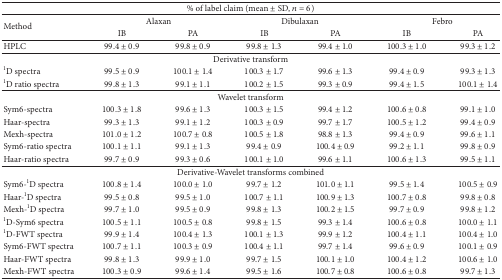
<table><thead><tr><td colspan="7"><b>% of label claim (mean ± SD, <i>n</i> = 6)</b></td></tr></thead><tbody><tr><td rowspan="2">Method</td><td colspan="2">Alaxan</td><td colspan="2">Dibulaxan</td><td colspan="2">Febro</td></tr><tr><td>IB</td><td>PA</td><td>IB</td><td>PA</td><td>IB</td><td>PA</td></tr><tr><td>HPLC</td><td>99.4 ± 0.9</td><td>99.8 ± 0.9</td><td>99.8 ± 1.3</td><td>99.4 ± 1.0</td><td>100.3 ± 1.0</td><td>99.3 ± 1.2</td></tr><tr><td colspan="7">Derivative transform</td></tr><tr><td><sup>1</sup>D spectra</td><td>99.5 ± 0.9</td><td>100.1 ± 1.4</td><td>100.3 ± 1.7</td><td>99.6 ± 1.3</td><td>99.4 ± 0.9</td><td>99.3 ± 1.3</td></tr><tr><td><sup>1</sup>D ratio spectra</td><td>99.8 ± 1.3</td><td>99.1 ± 1.1</td><td>100.2 ± 1.5</td><td>99.3 ± 0.9</td><td>99.4 ± 1.5</td><td>100.1 ± 1.4</td></tr><tr><td colspan="7">Wavelet transform</td></tr><tr><td>Sym6-spectra</td><td>100.3 ± 1.8</td><td>99.6 ± 1.3</td><td>100.3 ± 1.5</td><td>99.4 ± 1.2</td><td>100.6 ± 0.8</td><td>99.1 ± 1.0</td></tr><tr><td>Haar-spectra</td><td>99.3 ± 1.3</td><td>99.1 ± 1.2</td><td>100.3 ± 0.9</td><td>99.7 ± 1.7</td><td>100.5 ± 1.2</td><td>99.4 ± 0.9</td></tr><tr><td>Mexh-spectra</td><td>101.0 ± 1.2</td><td>100.7 ± 0.8</td><td>100.5 ± 1.8</td><td>98.8 ± 1.3</td><td>99.4 ± 0.9</td><td>99.6 ± 1.1</td></tr><tr><td>Sym6-ratio spectra</td><td>100.1 ± 1.1</td><td>99.1 ± 1.3</td><td>99.4 ± 0.9</td><td>100.4 ± 0.9</td><td>99.2 ± 1.1</td><td>99.8 ± 0.9</td></tr><tr><td>Haar-ratio spectra</td><td>99.7 ± 0.9</td><td>99.3 ± 0.6</td><td>100.1 ± 1.0</td><td>99.6 ± 1.1</td><td>100.6 ± 1.3</td><td>99.5 ± 1.1</td></tr><tr><td colspan="7">Derivative-Wavelet transforms combined</td></tr><tr><td>Sym6-<sup>1</sup>D spectra</td><td>100.8 ± 1.4</td><td>100.0 ± 1.0</td><td>99.7 ± 1.2</td><td>101.0 ± 1.1</td><td>99.5 ± 1.4</td><td>100.5 ± 0.9</td></tr><tr><td>Haar-<sup>1</sup>D spectra</td><td>99.5 ± 0.8</td><td>99.5 ± 1.0</td><td>100.7 ± 1.1</td><td>100.9 ± 1.3</td><td>100.7 ± 0.8</td><td>99.8 ± 0.8</td></tr><tr><td>Mexh-<sup>1</sup>D spectra</td><td>99.7 ± 1.0</td><td>99.5 ± 0.9</td><td>99.8 ± 1.3</td><td>100.2 ± 1.5</td><td>99.7 ± 0.9</td><td>99.8 ± 1.2</td></tr><tr><td><sup>1</sup>D-Sym6 spectra</td><td>100.5 ± 1.1</td><td>100.5 ± 0.8</td><td>99.8 ± 1.5</td><td>99.3 ± 1.4</td><td>100.6 ± 0.8</td><td>100.0 ± 1.1</td></tr><tr><td><sup>1</sup>D-FWT spectra</td><td>99.9 ± 1.4</td><td>100.4 ± 1.3</td><td>100.1 ± 1.3</td><td>99.9 ± 1.2</td><td>100.4 ± 1.1</td><td>100.4 ± 1.0</td></tr><tr><td>Sym6-FWT spectra</td><td>100.7 ± 1.1</td><td>100.3 ± 0.9</td><td>100.4 ± 1.1</td><td>99.7 ± 1.4</td><td>99.6 ± 0.9</td><td>100.1 ± 0.9</td></tr><tr><td>Haar-FWT spectra</td><td>99.8 ± 1.3</td><td>99.9 ± 1.0</td><td>99.7 ± 1.5</td><td>100.1 ± 1.0</td><td>100.4 ± 1.2</td><td>100.6 ± 1.0</td></tr><tr><td>Mexh-FWT spectra</td><td>100.3 ± 0.9</td><td>99.6 ± 1.4</td><td>99.5 ± 1.6</td><td>100.7 ± 0.8</td><td>100.6 ± 0.8</td><td>99.7 ± 1.3</td></tr></tbody></table>